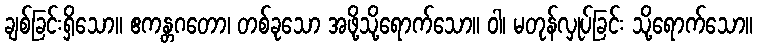
ချစ်ခြင်းရှိသော။ ဧကန္တဂတော၊ တစ်ခုသော အဖို့သို့ရောက်သော။ ဝါ၊ မတုန်လှုပ်ခြင်း သို့ရောက်သော။